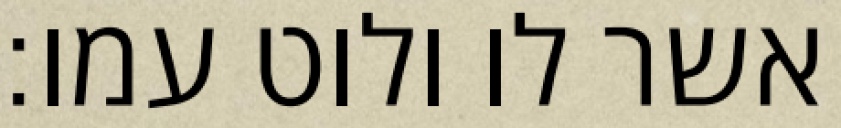
אשר לו ולוט עמו׃